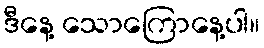
ဒီနေ့ သောကြောနေ့ပါ။